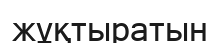
жұқтыратын